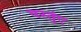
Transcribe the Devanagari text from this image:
वस्तुंए